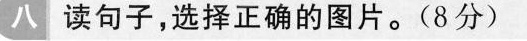
八 读句子,选择正确的图片。(8分)